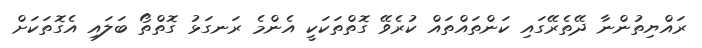
ރައްޔިތުންނާ ދޭތެރޭގައި ކަންތައްތައް ކުރެވޭ ގޮތްތަކަކީ އެންމެ ރަނގަޅު ގޮތްތޯ ބަލައި އެގޮތަކަށް